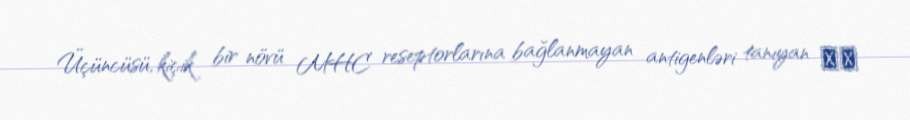
Üçüncüsü, kiçik bir növü MHC reseptorlarına bağlanmayan antigenləri tanıyan γδ